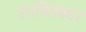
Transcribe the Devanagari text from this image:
रंगचित्रकार